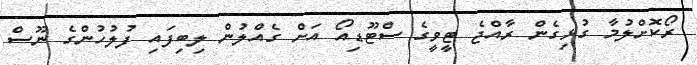
ރޯކޮށްލުމާ ގުޅިގެން ރާއްޖެ ޓީވީގެ ސްޓޫޑިއޯ އަށް ގެއްލުން ލިބިފައި ފުލުހުންގެ ނޫސް